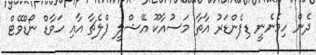
ދެން ހިމެނެނީ ޑިފެންޑަރު އާތާ މަސުއާކޫ އޭޝްލީ ފްލެޗާ އާއި ހަވާޑް ނޯޑްވޭޓް